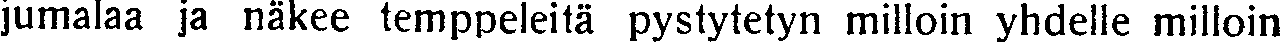
jumalaa ja näkee temppeleitä pystytetyn milloin yhdelle milloin